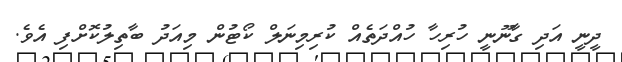
ދީނީ އަދި ގާނޫނީ ހުރިހާ ހުއްދަތެއް ކުރިމިނަލް ކޯޓުން މިއަދު ބާތިލުކޮށްފި އެވެ.